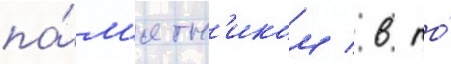
па́м'ятн'иком / в то́